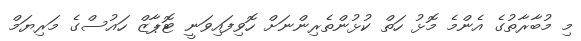
މި މުބާރާތުގެ އެންމެ މޮޅު ހަތް ކުޅުންތެރިންނަށް ހޮވިފައިވަނީ ޓޮޕާޒް ހައުސްގެ މަރިޔަމް